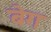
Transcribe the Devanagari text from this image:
बॆग